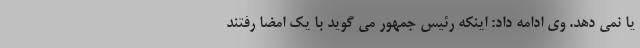
یا نمی دهد. وی ادامه داد: اینکه رئیس جمهور می گوید با یک امضا رفتند